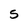
Character: 5